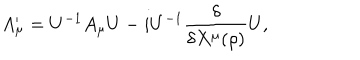
A _ { \mu } ^ { \prime } = U ^ { - 1 } A _ { \mu } U - i U ^ { - 1 } \frac { \delta } { \delta X ^ { \mu } ( \rho ) } U ,